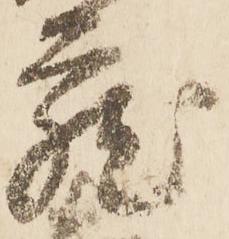
蔵